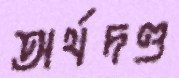
অর্থদণ্ড